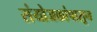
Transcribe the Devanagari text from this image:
संयोजकांपासून